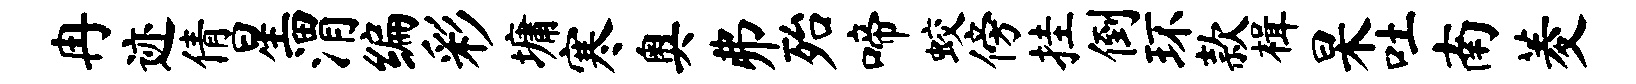
冉迹倩星渭编彩墉寒奥弗殆啼蛟傍挂倒环款楫杲吐南菱